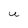
Character: U